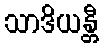
သာဒိယန္တီ